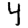
Digit: 4